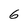
Character: 6